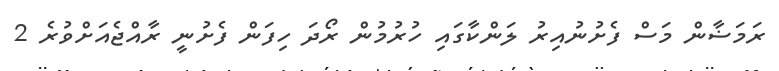
ރަމަޟާން މަސް ފެށުނުއިރު ލަންކާގައި ހުރުމުން ރޯދަ ހިފަން ފެށުނީ ރާއްޖެއަށްވުރެ 2